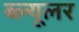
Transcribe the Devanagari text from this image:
ब्ल्यूलर